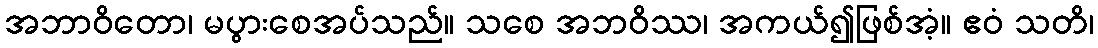
အဘာဝိတော၊ မပွားစေအပ်သည်။ သစေ အဘဝိဿ၊ အကယ်၍ဖြစ်အံ့။ ဧဝံ သတိ၊